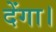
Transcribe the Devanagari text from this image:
देंगा।